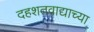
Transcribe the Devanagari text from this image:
दहशतवाद्याच्या